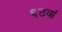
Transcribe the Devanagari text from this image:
६ठवां